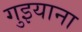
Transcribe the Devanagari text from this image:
गुइयाना